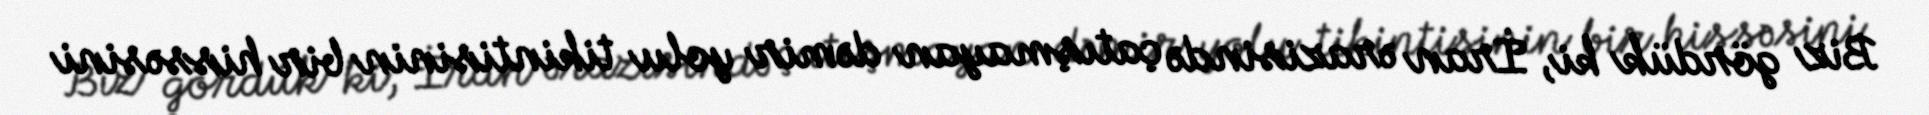
Biz gördük ki, İran ərazisində çatışmayan dəmir yolu tikintisinin bir hissəsini